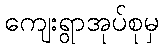
ကျေးရွာအုပ်စုမှ